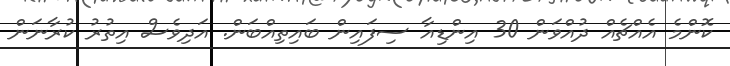
ކޮންމެ އެއްޗެއް ދުއްވަން 30 އިންޑިއާ ސިފައިން ބައިތިއްބަން. އަދިވެސް އިތުރު ކުރާނަން